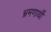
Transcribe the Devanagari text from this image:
भ्रमणार्थी